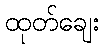
ထုတ်ချေး